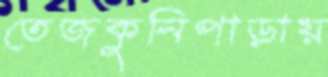
তেজকুনিপাড়ায়